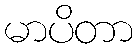
မာပိတာ